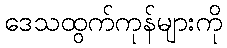
ဒေသထွက်ကုန်များကို